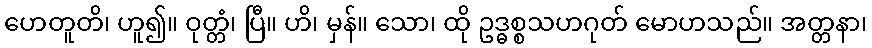
ဟေတူတိ၊ ဟူ၍။ ဝုတ္တံ၊ ပြီ။ ဟိ၊ မှန်။ သော၊ ထို ဥဒ္ဓစ္စသဟဂုတ် မောဟသည်။ အတ္တနာ၊